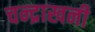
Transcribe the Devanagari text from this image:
चन्द्राखनी